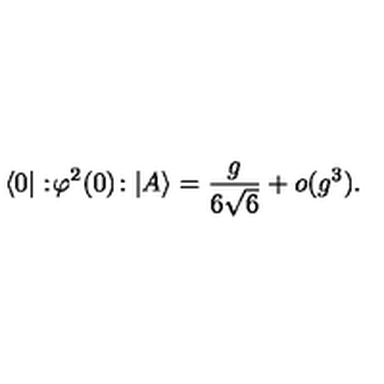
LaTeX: \langle 0 | : \! \varphi ^ { 2 } ( 0 ) \! : | A \rangle = \frac { g } { 6 \sqrt { 6 } } + o ( g ^ { 3 } ) .